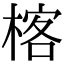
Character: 楁